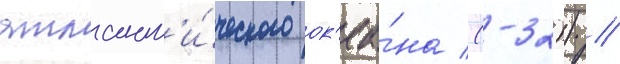
атлант'и́ческого ок'еа́на (-32)) //